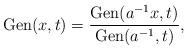
LaTeX: \begin{align*}{\rm Gen}(x,t) = {{\rm Gen}(a^{-1}x,t) \over {\rm Gen}(a^{-1},t)}, \end{align*}